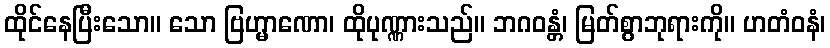
ထိုင်နေပြီးသော။ သော ဗြဟ္မာဏော၊ ထိုပုဏ္ဏားသည်။ ဘဂဝန္တံ၊ မြတ်စွာဘုရားကို။ ဟတံဝနံ၊